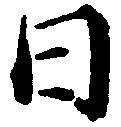
日